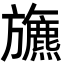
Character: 𣄦